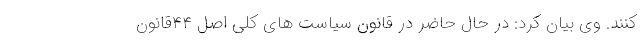
کنند. وی بیان کرد: در حال حاضر در قانون سیاست های کلی اصل ۴۴قانون